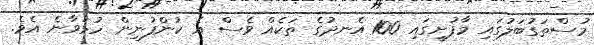
މުސްތަގުބަލުގައި މާފުށީގައި 100 އެނދުގެ ތަކެއް ވެސް އެ ކުންފުނިން ހުޅުވާނެ އެވެ.